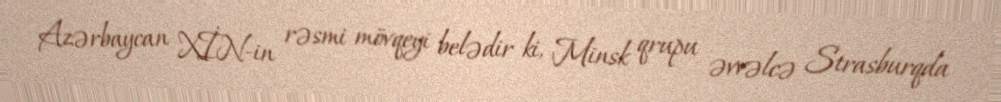
Azərbaycan XİN-in rəsmi mövqeyi belədir ki, Minsk qrupu əvvəlcə Strasburqda